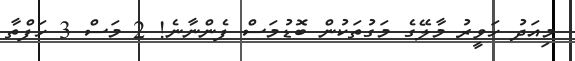
މިއަދު ހަވީރު މާލޭގެ މަގުތަކުން ބޮޑުމަސް ފެންނާނެ! 2 މަސް 3 ހަފްތާ